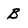
Character: B